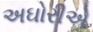
અઘોરીએ